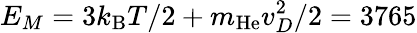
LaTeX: E_{M}=3k_{\mathrm{B}}T/2+m_{\mathrm{He}}v_{D}^{2}/2=3765